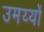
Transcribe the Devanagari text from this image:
उमय्यों